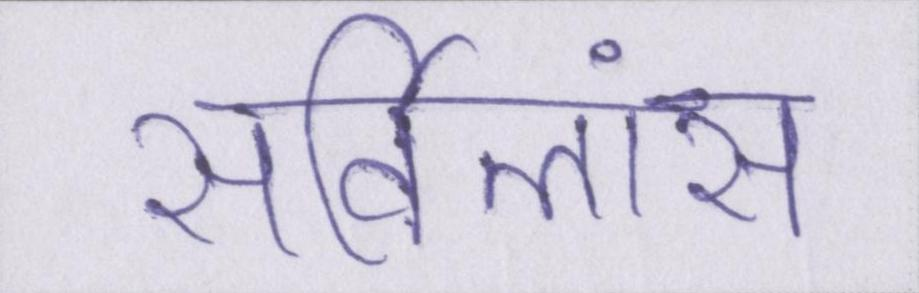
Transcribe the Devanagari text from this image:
सर्विलांस